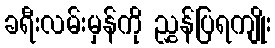
ခရီးလမ်းမှန်ကို ညွှန်ပြရကျိုး